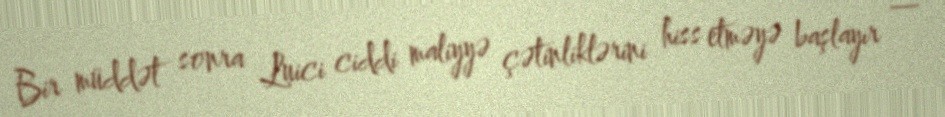
Bir müddət sonra Luici ciddi maliyyə çətinliklərini hiss etməyə başlayır —